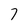
Character: 7